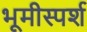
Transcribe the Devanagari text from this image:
भूमीस्पर्श